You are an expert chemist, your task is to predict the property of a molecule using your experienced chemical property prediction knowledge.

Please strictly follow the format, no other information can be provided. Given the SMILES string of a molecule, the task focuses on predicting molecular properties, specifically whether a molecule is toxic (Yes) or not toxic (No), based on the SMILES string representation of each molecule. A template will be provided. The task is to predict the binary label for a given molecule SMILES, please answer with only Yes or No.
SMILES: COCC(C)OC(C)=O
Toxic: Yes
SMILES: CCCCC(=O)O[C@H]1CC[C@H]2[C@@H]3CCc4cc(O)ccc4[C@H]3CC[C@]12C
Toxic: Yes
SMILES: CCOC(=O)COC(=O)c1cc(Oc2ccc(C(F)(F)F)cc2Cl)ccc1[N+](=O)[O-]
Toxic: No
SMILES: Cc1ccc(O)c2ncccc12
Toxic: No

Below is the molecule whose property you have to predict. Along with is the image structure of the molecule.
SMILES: Cc1ccc2c(c1)C(=O)c1ccccc1C2=O
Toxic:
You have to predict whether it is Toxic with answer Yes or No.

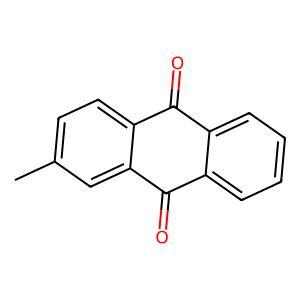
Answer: Yes